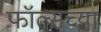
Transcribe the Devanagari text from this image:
फॉल्सच्या